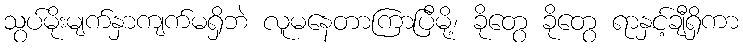
သွပ်မိုးမျက်နှာကျက်မရှိဘဲ လူမနေတာကြာပြီမို့၊ ခိုတွေ ခိုတွေ ရာနှင့်ချီရှိကာ